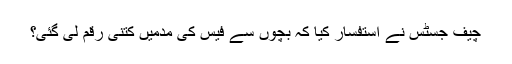
چیف جسٹس نے استفسار کیا کہ بچوں سے فیس کی مدمیں کتنی رقم لی گئی؟